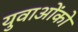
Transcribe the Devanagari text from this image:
युवाओंको